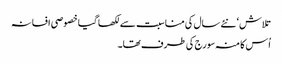
تلاش‘ نئے سال کی مناسبت سے لکھا گیا خصوصی افسانہ
اُس کا منہ سورج کی طرف تھا۔